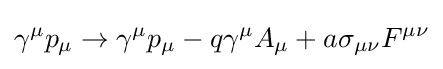
\gamma ^{\mu }p_{\mu }\to \gamma ^{\mu }p_{\mu }-q\gamma ^{\mu }A_{\mu }+a\sigma _{\mu \nu }F^{\mu \nu }